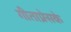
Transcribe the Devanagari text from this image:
गीताप्रेसके